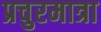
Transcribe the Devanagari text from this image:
प्रचुरमात्रा